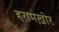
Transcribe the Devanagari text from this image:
हरामख़ोर